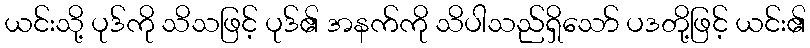
ယင်းသို့ ပုဒ်ကို သိသဖြင့် ပုဒ်၏ အနက်ကို သိပါသည်ရှိသော် ပဒတို့ဖြင့် ယင်း၏